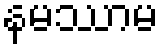
နမဿာမ